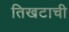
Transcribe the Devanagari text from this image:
तिखटाची